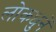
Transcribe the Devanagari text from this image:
लोकधुनें